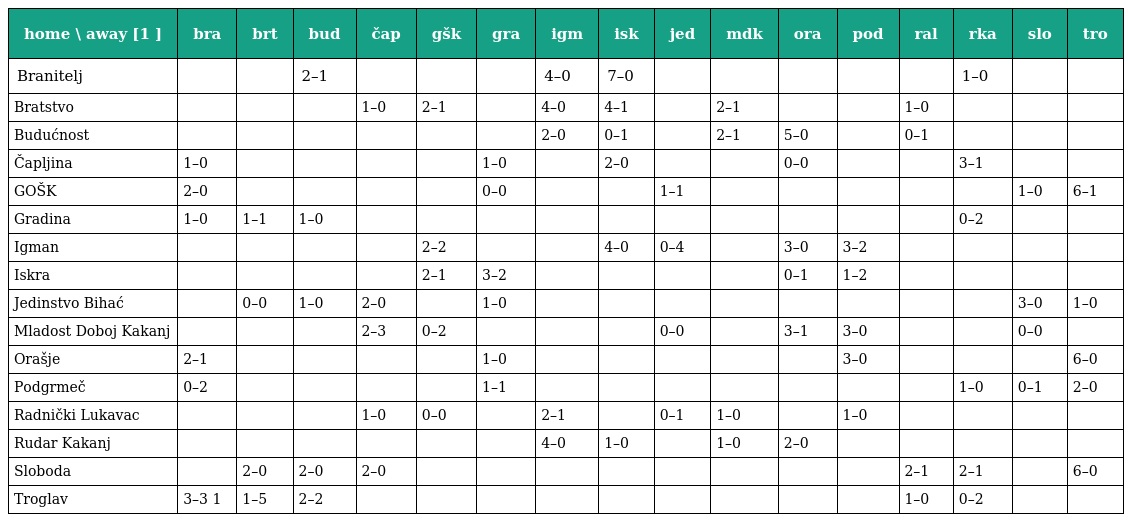
| home \ away [1 ] | bra | brt | bud | čap | gšk | gra | igm | isk | jed | mdk | ora | pod | ral | rka | slo | tro |
 | --- | --- | --- | --- | --- | --- | --- | --- | --- | --- | --- | --- | --- | --- | --- | --- | --- |
 | Branitelj |  |  | 2–1 |  |  |  | 4–0 | 7–0 |  |  |  |  |  | 1–0 |  |  |
 | Bratstvo |  |  |  | 1–0 | 2–1 |  | 4–0 | 4–1 |  | 2–1 |  |  | 1–0 |  |  |  |
 | Budućnost |  |  |  |  |  |  | 2–0 | 0–1 |  | 2–1 | 5–0 |  | 0–1 |  |  |  |
 | Čapljina | 1–0 |  |  |  |  | 1–0 |  | 2–0 |  |  | 0–0 |  |  | 3–1 |  |  |
 | GOŠK | 2–0 |  |  |  |  | 0–0 |  |  | 1–1 |  |  |  |  |  | 1–0 | 6–1 |
 | Gradina | 1–0 | 1–1 | 1–0 |  |  |  |  |  |  |  |  |  |  | 0–2 |  |  |
 | Igman |  |  |  |  | 2–2 |  |  | 4–0 | 0–4 |  | 3–0 | 3–2 |  |  |  |  |
 | Iskra |  |  |  |  | 2–1 | 3–2 |  |  |  |  | 0–1 | 1–2 |  |  |  |  |
 | Jedinstvo Bihać |  | 0–0 | 1–0 | 2–0 |  | 1–0 |  |  |  |  |  |  |  |  | 3–0 | 1–0 |
 | Mladost Doboj Kakanj |  |  |  | 2–3 | 0–2 |  |  |  | 0–0 |  | 3–1 | 3–0 |  |  | 0–0 |  |
 | Orašje | 2–1 |  |  |  |  | 1–0 |  |  |  |  |  | 3–0 |  |  |  | 6–0 |
 | Podgrmeč | 0–2 |  |  |  |  | 1–1 |  |  |  |  |  |  |  | 1–0 | 0–1 | 2–0 |
 | Radnički Lukavac |  |  |  | 1–0 | 0–0 |  | 2–1 |  | 0–1 | 1–0 |  | 1–0 |  |  |  |  |
 | Rudar Kakanj |  |  |  |  |  |  | 4–0 | 1–0 |  | 1–0 | 2–0 |  |  |  |  |  |
 | Sloboda |  | 2–0 | 2–0 | 2–0 |  |  |  |  |  |  |  |  | 2–1 | 2–1 |  | 6–0 |
 | Troglav | 3–3 1 | 1–5 | 2–2 |  |  |  |  |  |  |  |  |  | 1–0 | 0–2 |  |  |